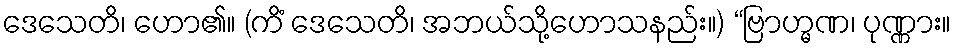
ဒေသေတိ၊ ဟော၏။ (ကိံ ဒေသေတိ၊ အဘယ်သို့ဟောသနည်း။) “ဗြာဟ္မဏ၊ ပုဏ္ဏား။